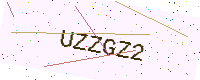
Text: UZZGZ2